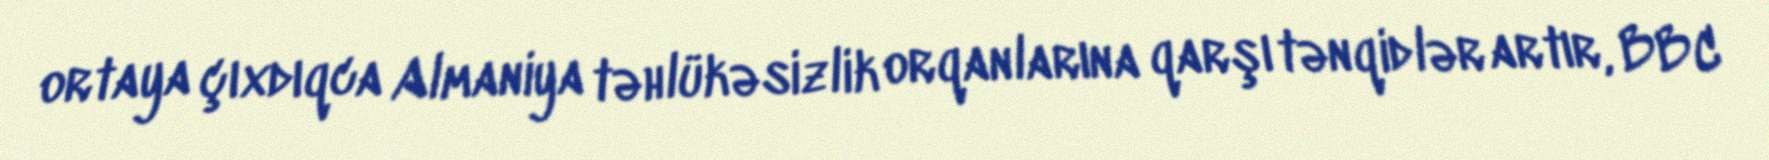
ortaya çıxdıqca Almaniya təhlükəsizlik orqanlarına qarşı tənqidlər artır, BBC